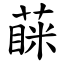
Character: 蔝